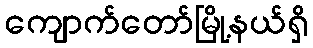
ကျောက်တော်မြို့နယ်ရှိ